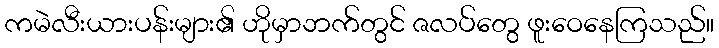
ကမဲလီးယားပန်းများ၏ ဟိုမှာဘက်တွင် ဇလပ်တွေ ဖူးဝေနေကြသည်။